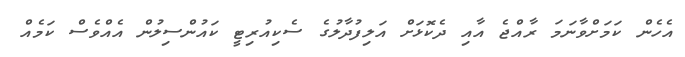
އެހެން ކަމަށްވާނަމަ ރާއްޖެ އާއި ދެކޮޅަށް އަލިފުދާލުގެ ސެކިއުރިޓީ ކައުންސިލުން އެއްވެސް ކަމެއް